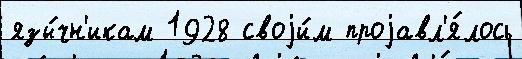
язы́чн'икам 1928 своjи́м проjавл'я́лось